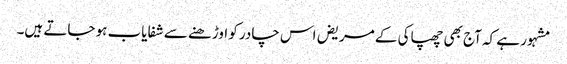
مشہور ہے کہ آج بھی چھپاکی کے مریض اس چادر کو اوڑھنے سے شفایاب ہو جاتے ہیں۔